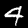
Digit: 4